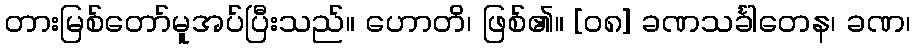
တားမြစ်တော်မူအပ်ပြီးသည်။ ဟောတိ၊ ဖြစ်၏။ [၀၈] ခဏသင်္ခါတေန၊ ခဏ၊